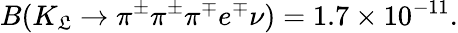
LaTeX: B(K_{\mathfrak{L}}\rightarrow\pi^{\pm}\pi^{\pm}\pi^{\mp}e^{\mp}\nu)=1.7\times10^{-11}.